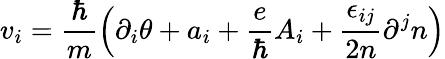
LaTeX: v_{i}=\frac{\hbar}{m}\left(\partial_{i}\theta+a_{i}+\frac{e}{\hbar}A_{i}+\frac{\epsilon_{ij}}{2n}\partial^{j}n\right)